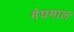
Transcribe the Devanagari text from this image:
मेघमाल